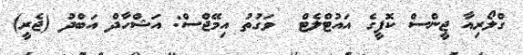
ގްލޯރިއާ ޖީންސް ކޮފީގެ އައުޓްލެޓް  ވަގުތު އިމޭޖްސް: އަޝްހާދް އަބްދު (ޖެރީ)